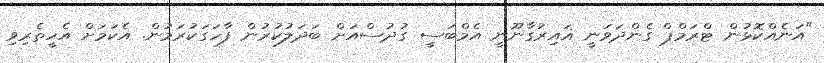
"އަނެއްކޮޅުން ޓްރަމްޕް ގެންދަވަނީ ޣައިރުގާނޫނީ އެމްބަސީ ގުދުސްއަށް ބަދަލުކުރުން ފާހަގަކުރަމުން. އެކަމަށް އެހީތެރިވި